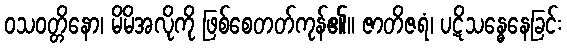
ဝသဝတ္တိနော၊ မိမိအလိုကို ဖြစ်စေတတ်ကုန်၏။ ဇာတိဇရံ၊ ပဋိသန္ဓေနေခြင်း